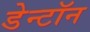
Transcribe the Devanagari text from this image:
डेन्टॉन